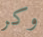
وكر